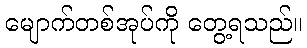
မျောက်တစ်အုပ်ကို တွေ့ရသည်။